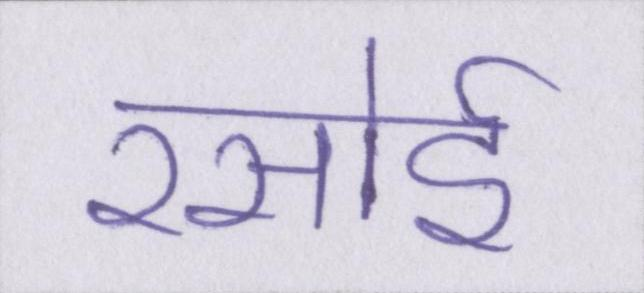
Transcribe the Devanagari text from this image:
रसोई